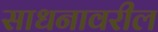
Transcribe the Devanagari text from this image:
साधनावरील